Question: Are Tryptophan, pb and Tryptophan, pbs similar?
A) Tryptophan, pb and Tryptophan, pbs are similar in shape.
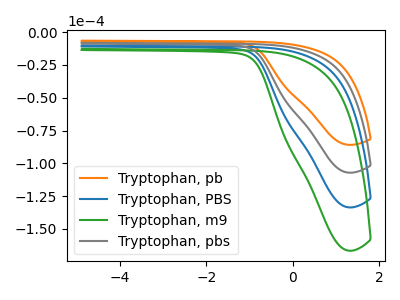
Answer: <think>The orange curve "Tryptophan, pb" has no peaks. The blue curve "Tryptophan, PBS" has no peaks. The green curve "Tryptophan, m9" has no peaks. The gray curve "Tryptophan, pbs" has no peaks.
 Neither "Tryptophan, pb" or "Tryptophan, pbs" have any peaks.</think>
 <answer>A) "Tryptophan, pb" and "Tryptophan, pbs" are similar in shape.</answer>
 <eval>A</eval>